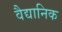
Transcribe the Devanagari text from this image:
वैद्यानिक